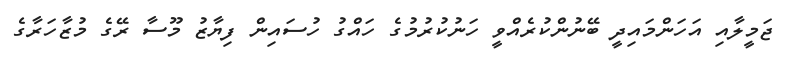
ޖަމީލާއި އަހަންމައިދީ ބޭނުންކުރެއްވީ ހަނުކުރުމުގެ ހައްގު ހުސައިން ފިޔާޒު މޫސާ ރޭގެ މުޒާހަރާގެ